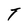
Character: T